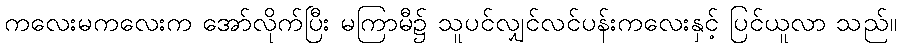
ကလေးမကလေးက အော်လိုက်ပြီး မကြာမီ၌ သူပင်လျှင်လင်ပန်းကလေးနှင့် ပြင်ယူလာ သည်။